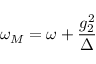
\omega _ { M } = \omega + \frac { g _ { 2 } ^ { 2 } } { \Delta }